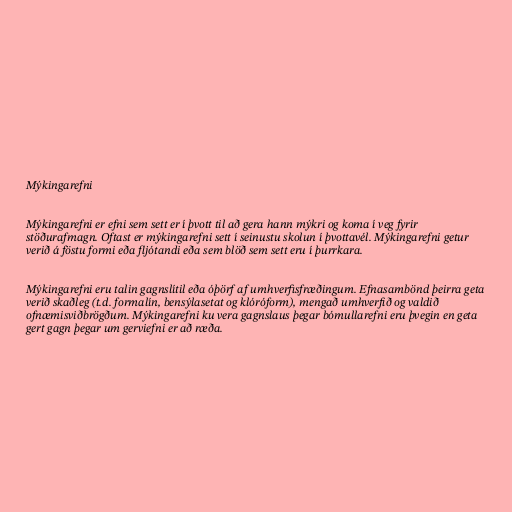
Mýkingarefni

Mýkingarefni er efni sem sett er í þvott til að gera hann mýkri og koma í veg fyrir
stöðurafmagn. Oftast er mýkingarefni sett í seinustu skolun í þvottavél. Mýkingarefni getur
verið á föstu formi eða fljótandi eða sem blöð sem sett eru í þurrkara.

Mýkingarefni eru talin gagnslítil eða óþörf af umhverfisfræðingum. Efnasambönd þeirra geta
verið skaðleg (t.d. formalín, bensýlasetat og klóróform), mengað umhverfið og valdið
ofnæmisviðbrögðum. Mýkingarefni ku vera gagnslaus þegar bómullarefni eru þvegin en geta
gert gagn þegar um gerviefni er að ræða.